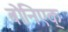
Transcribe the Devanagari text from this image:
बोनिएक्